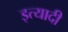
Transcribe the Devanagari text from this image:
इत्यादी